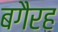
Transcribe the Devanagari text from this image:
बगैरह